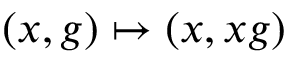
( x , g ) \mapsto ( x , x g )